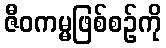
ဇီဝကမ္မဖြစ်စဉ်ကို